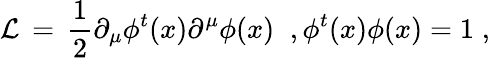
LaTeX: {\cal L}\, =\, \frac{1}{2}\partial_{\mu}\phi^{t}(x)\partial^{\mu}\phi(x)\; \; ,\phi^{t}(x)\phi(x)=1\; ,